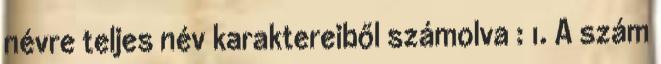
névre teljes név karaktereiből számolva : 1. A szám